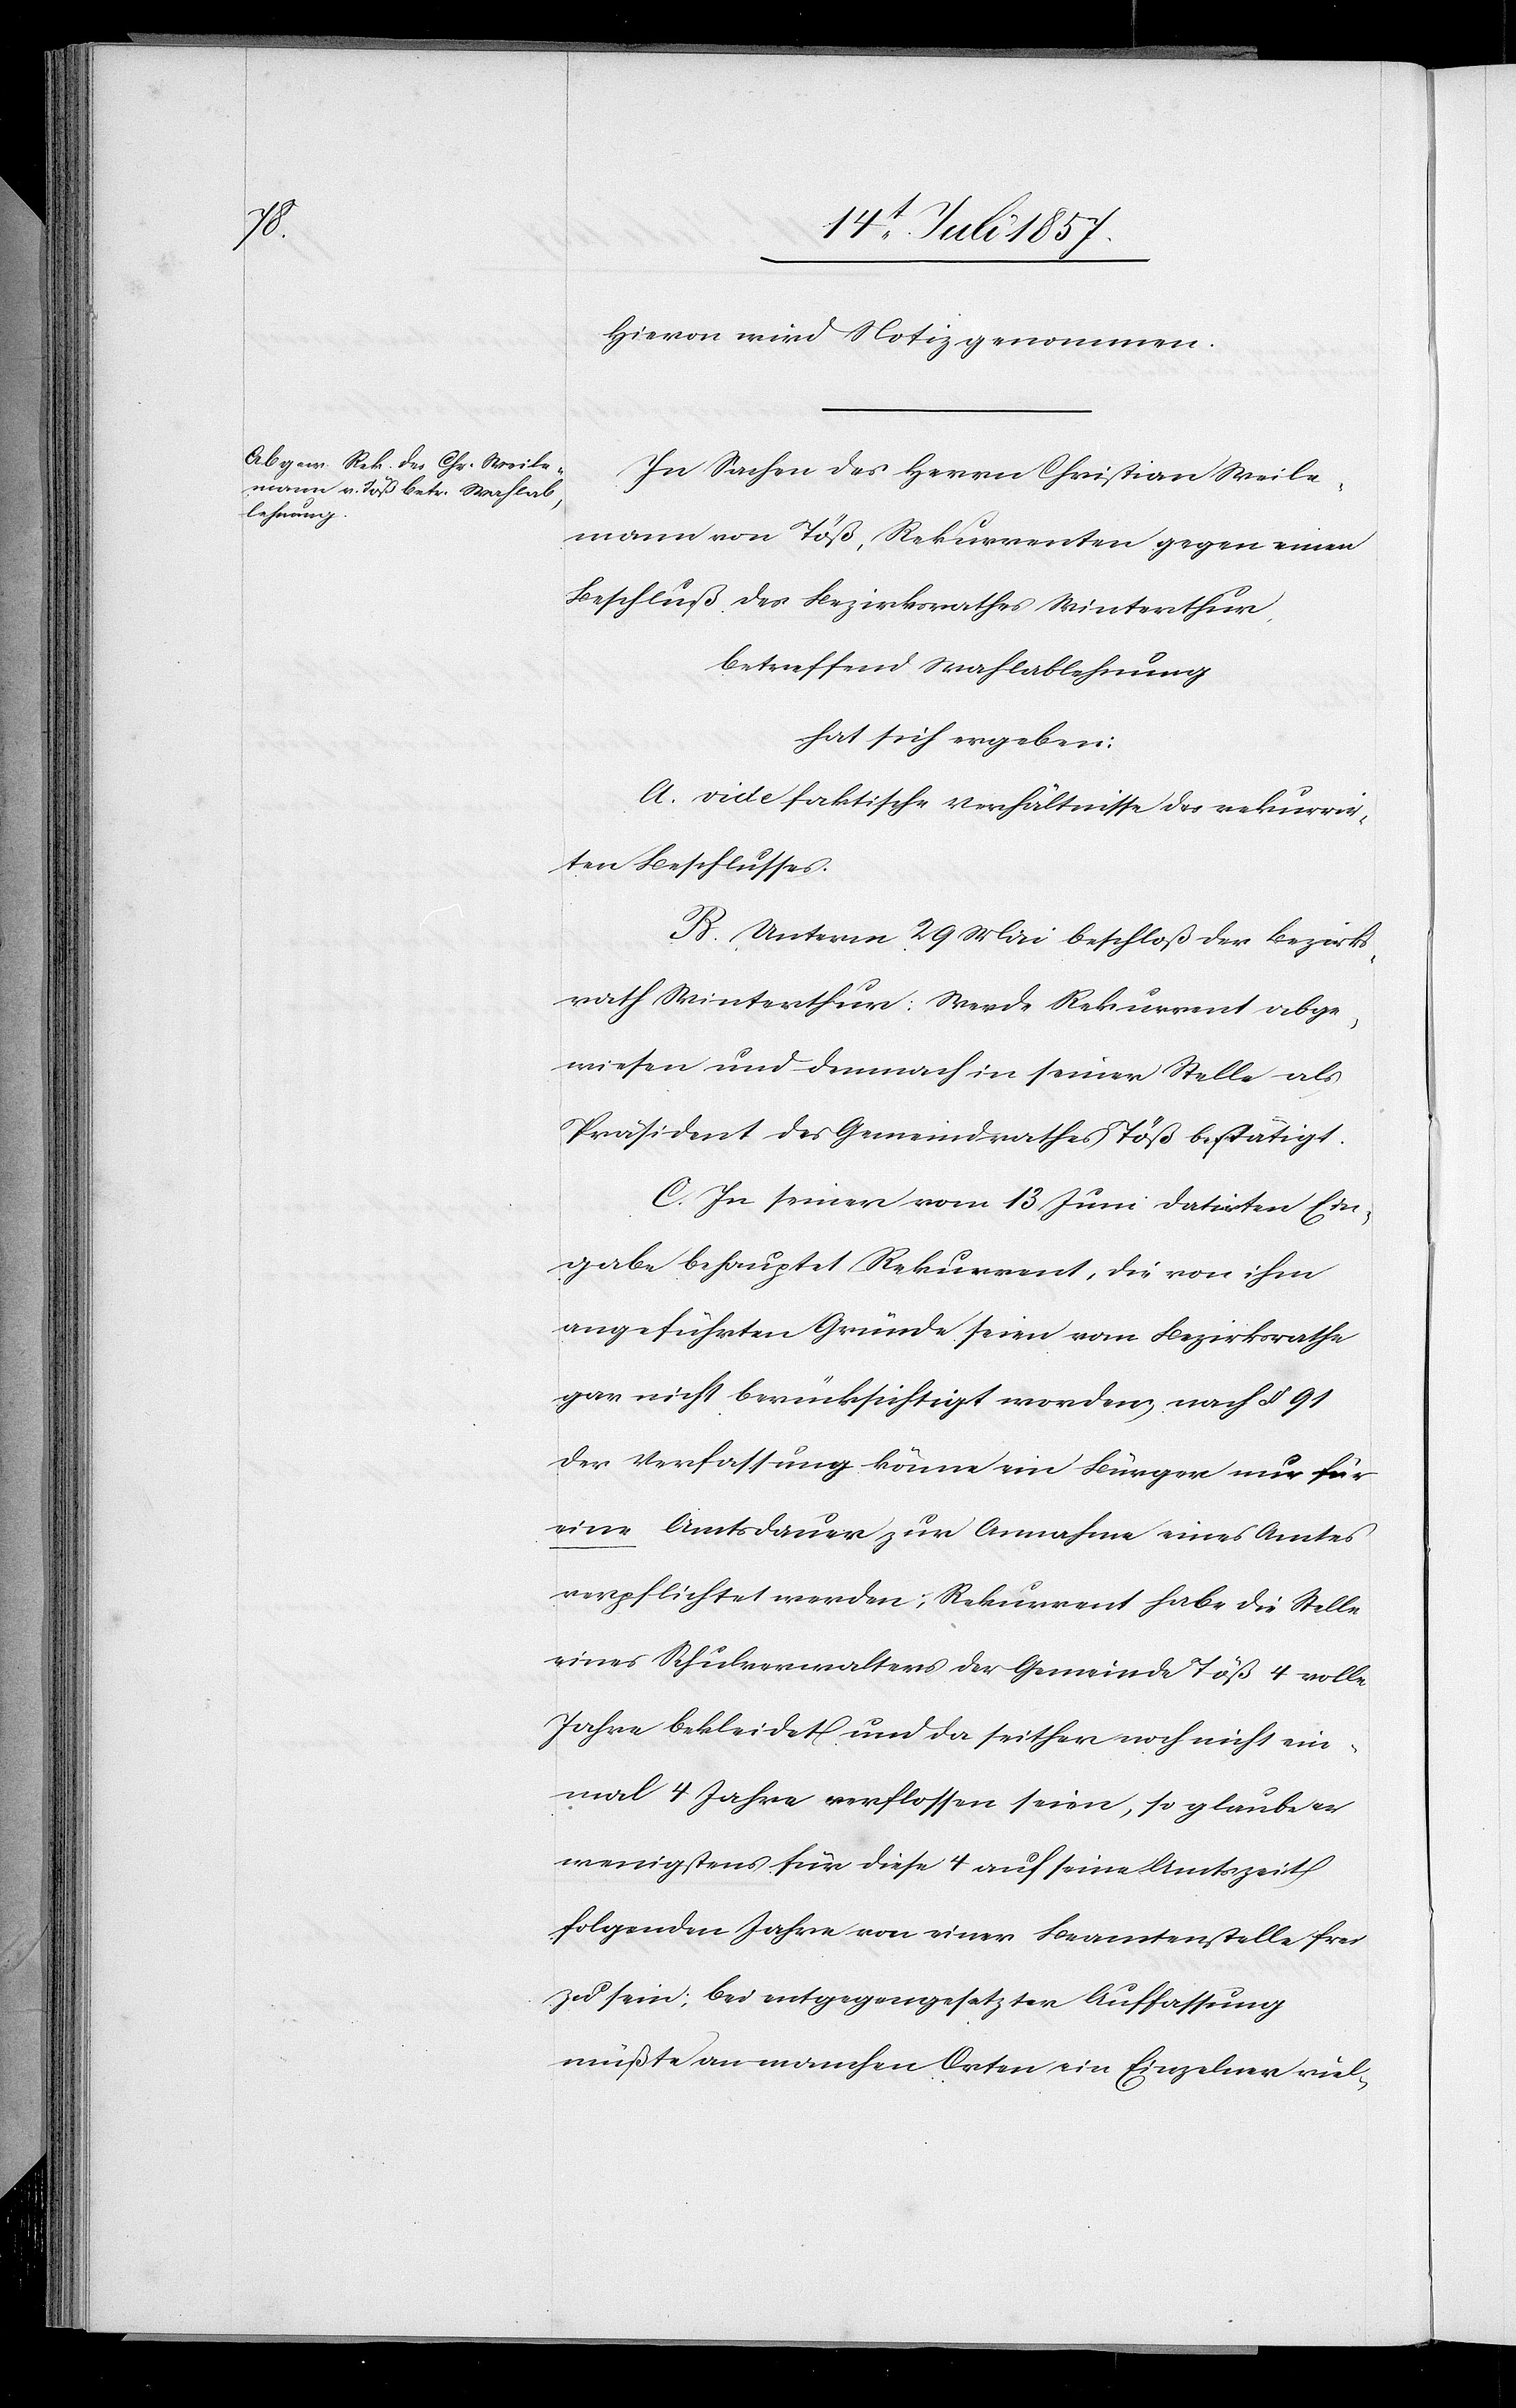
Hievon wird Notiz genommen.
In Sachen des Herrn Christian Weile¬
mann von Töß, Rekurrenten gegen einen
Beschluß des Bezirksrathes Winterthur.
betreffend Strafablehnung
hat sich ergeben:
A. vide faktische Verhältnisse des rekurrir¬
ten Beschlusses.
B. Unterm 29 Mai beschloß der Bezirks¬
rath Winterthur: Werde Rekurrent abge¬
wiesen und demnach in seiner Stelle als
Präsident des Gemeindrathes Töß bestätigt.
C. In seiner vom 13 Juni datirten Ein¬
gabe behauptet Rekurrent, die von ihm
angeführten Gründe seien vom Bezirksrathe
gar nicht berücksichtigt worden, nach § 91
der Verfassung könne ein Bürger nur für
eine Amtsdauer zur Annahme eines Amtes
verpflichtet werden; Rekurrent habe die Stelle
eines Schulverwalters der Gemeinde Töß 4 volle
Jahre bekleidet und da seither noch nicht ein¬
mal 4 Jahre verflossen seien, so glaube er
wenigstens für diese 4 auf seine Amtszeit
folgenden Jahre von einer Beamtenstelle frei
zu sein; bei entgegengesetzter Auffassung
müßte an manchen Orten ein Einzelner viel-